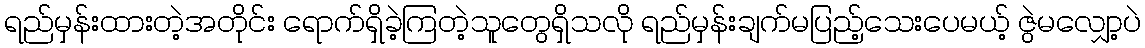
ရည်မှန်းထားတဲ့အတိုင်း ရောက်ရှိခဲ့ကြတဲ့သူတွေရှိသလို ရည်မှန်းချက်မပြည့်သေးပေမယ့် ဇွဲမလျှော့ပဲ